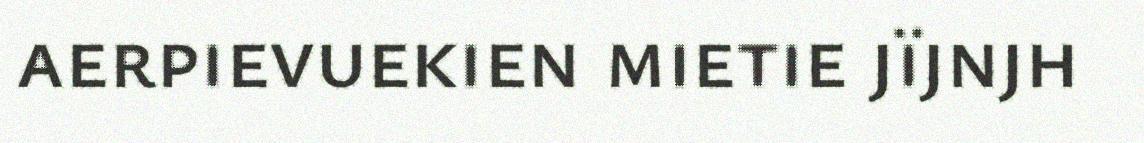
aerpievuekien mietie jïjnjh